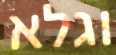
וגלא